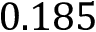
0 . 1 8 5